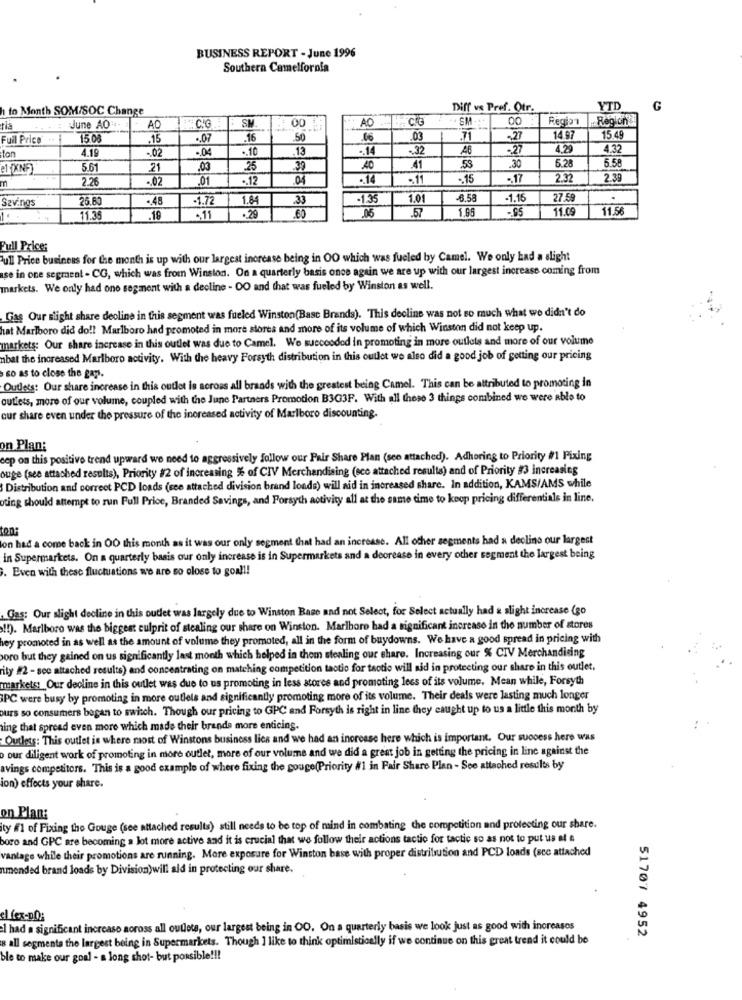
BUSINESS REPORT - June 1996
Southern Camelfornia
to Month SOM/SOC Change
Diff vs Pref. Otr.
YTD
G
SM.
AO
. Co
SM .:
00
Region
Region
June AO"-
AO
C.G
00
Full Price
15 08
.15
.16
.50
.06
.03
.71
-27
14.97
15.49
ton
4.19
.02
.10
.13
-14
.32
46
-27
4.29
4.32
5.28
5.58
el {XNF)
5.61
21
.03
25
.39
AC
41
.53
.30
2.26
.02
.12
.04
.. 14
.. 11
.. 15
2.32
2.39
m
Savings
25.60
.45
-1.72
1.84
33
-1.35
1.01
-1.16
27.59
.06
.57
1.65
11.09
11.56
11.35
.19
-11
.29
.60
Full Price;
Full Price business for the month is up with our largest increase being in OO which was fueled by Camel. We only had a slight
ase in one segment - CG, which was from Winston. On a quarterly basis once again we are up with our largest increase coming from
markets. We only had one segment with a decline - OO and that was fueled by Winston as well.
Gas Our slight share deoline in this segment was fueled Winston(Base Brands). This decline was not so much what we didn't do
hat Marlboro did do !! Marlboro had promoted in more stores and more of its volume of which Winston did not keep up.
markets: Our share increase in this outlet was due to Camel. We succeeded in promoting in more outlets and more of our volume
nbat the increased Marlboro activity. With the heavy Forsyth distribution in this outlet we also did a good job of getting our pricing
so as to close the gap.
Outlets: Our share increase in this outlet is across all brands with the greatest being Camel. This can be attributed to promoting in
outlets, more of our volume, coupled with the June Partners Promotion B3G3F. With all these 3 things combined we were able to
cur share even under the pressure of the increased activity of Marlboro discounting.
on Plan:
cep on this positivo trend upward we need to aggressively follow our Pair Share Plan (see attached). Adhoring to Priority #1 Fixing
ouge (see attached results), Priority #2 of increasing % of CIV Merchandising (sco attached results) and of Priority #3 increasing
Distribution and correct PCD loads (see attached division brand loads) will aid in increased share. In addition, KAMS/AMS while
oting should attempt to run Full Price, Branded Savings, and Forsyth activity all at the same time to keep pricing differentials in line.
on had a come back in OO this month as it was our only segment that had an increase. All other segments had a decline our largest
in Supermarkets. On a quarterly basis our only increase is in Supermarkets and a decrease in every other segment the largest being
. Even with these fluctuations we are so close to goal !!
Gas: Our slight decline in this outlet was largely due to Winston Base and not Select, for Select actually had a slight increase (go
!! ). Marlboro was the biggest culprit of stealing our share on Winston. Marlboro had a significant increase in the number of stores
hey promoted in as well as the amount of volume they promoted, all in the form of buydowns. We have a good spread in pricing with
boro but they gained on us significantly last month which helped in them stealing our share. Increasing our % CIV Merchandising
ity #2 - see attached results) and concentrating on matching competition tactio for tactic will nid in protecting our share in this outlet,
markets: Our deoline in this outlet was due to us promoting in less stores and promoting less of its volume. Mean while, Forsyth
PC were busy by promoting in more outlets and significantly promoting more of its volume. Their deals were lasting much longer
ours so consumers bogan to switch. Though our pricing to GPC and Forsyth is right in line they caught up to us a little this month by
ing that spread even more which made their brands more enticing.
Outlets: This outlet is where most of Winstons business lics and we had an increase here which is important. Our success here was
our diligent work of promoting in more outlet, more of our volume and we did a great job in getting the pricing in line against the
avings competitors. This is a good example of where fixing the gouge(Priority #1 in Fair Share Plan - See attached results by
ion) effects your share.
on Plan:
ity #1 of Fixing the Gouge (see attached results) still needs to be top of mind in combating the competition and protecting our share.
boro and GPC are becoming a lot more active and it is crucial that we follow their actions tactic for tactic so as not to put us af e
vantage while their promotions are running. More exposure for Winston base with proper distribution and PCD loads (scc attached
nmended brand loads by Division)will ald in protecting our share.
el fex-pl:
I had a significant increase aoross all outlets, our largest being in OO. On a quarterly basis we look just as good with increases
s all segmenta the largest being in Supermarkets. Though ] like to think optimistically if we continue on this great trend it could be
51707 4952
ble to make our goal - a long shot- but possible !!!